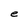
Character: e